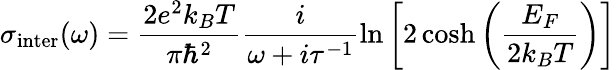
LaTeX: \sigma_{\textrm{inter}}(\omega)=\frac{2e^{2}k_{B}T}{\pi\hbar^{2}}\frac{i}{\omega+i\tau^{-1}}\ln\left[2\cosh\left(\frac{E_{F}}{2k_{B}T}\right)\right]